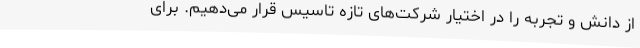
از دانش و تجربه را در اختیار شرکت‌های تازه تاسیس قرار می‌دهیم. برای